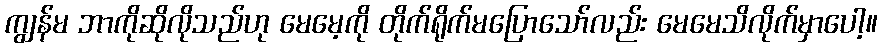
ကျွန်မ ဘာကိုဆိုလိုသည်ဟု မေမေ့ကို တိုက်ရိုက်မပြောသော်လည်း မေမေသိလိုက်မှာပေါ့။